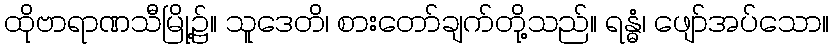
ထိုဗာရာဏသီမြို့၌။ သူဒေတိ၊ စားတော်ချက်တို့သည်။ ရန္ဓံ၊ ဖျော်အပ်သော။